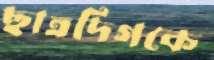
ছাত্রদিগকে